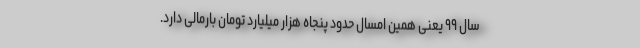
سال ۹۹ یعنی همین امسال حدود پنجاه هزار میلیارد تومان بارمالی دارد.